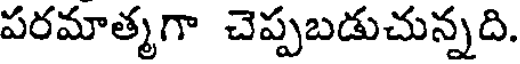
పరమాత్మగా చెప్పబడుచున్నది.